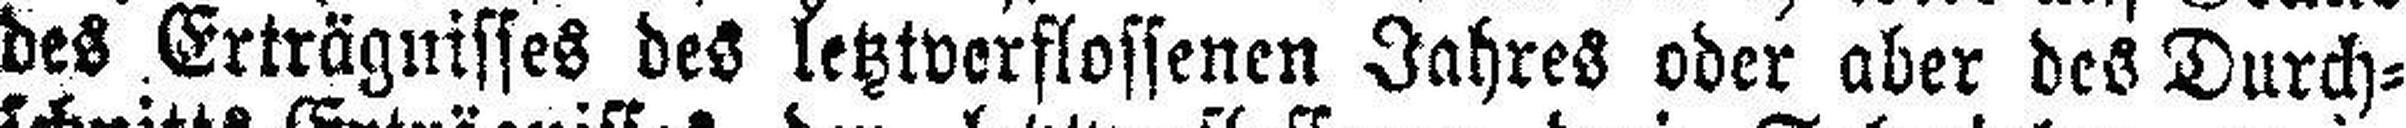
des Erträgnisses des letztverflossenen Jahres oder aber des Durch¬